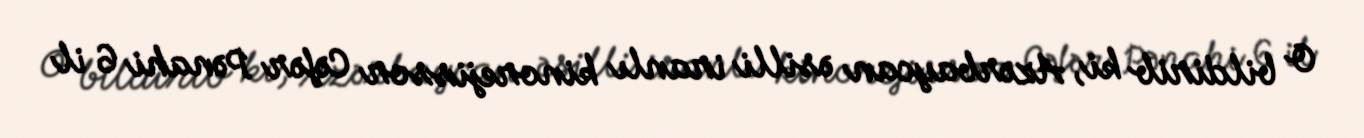
O bildirib ki, Azərbaycan əsilli iranlı kinorejissor Cəfər Pənahi 6 il